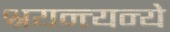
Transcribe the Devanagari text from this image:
श्रयन्त्यन्ये